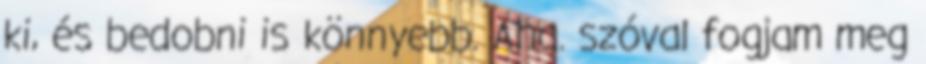
ki, és bedobni is könnyebb. Aha. szóval fogjam meg